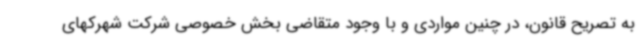
به تصریح قانون، در چنین مواردی و با وجود متقاضی بخش خصوصی شرکت شهرکهای